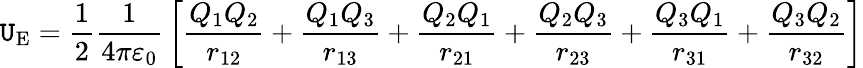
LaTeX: \mathtt{U}_{\mathrm{{E}}}={\frac{{1}}{{2}}}{\frac{{1}}{{4\pi\varepsilon_{0}}}}\left[{\frac{{Q_{1}Q_{2}}}{{r_{12}}}}+{\frac{{Q_{1}Q_{3}}}{{r_{13}}}}+{\frac{{Q_{2}Q_{1}}}{{r_{21}}}}+{\frac{{Q_{2}Q_{3}}}{{r_{23}}}}+{\frac{{Q_{3}Q_{1}}}{{r_{31}}}}+{\frac{{Q_{3}Q_{2}}}{{r_{32}}}}\right]